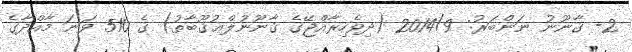
2- ޤާނޫނު ނަންބަރު: 2014/9 (ދިވެހިރާއްޖޭގެ ޤާނޫނުލްޢުޤޫބާތު) ގެ 510 ވަނަ މާއްދާގެ